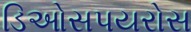
ડિઓસપયરોસ